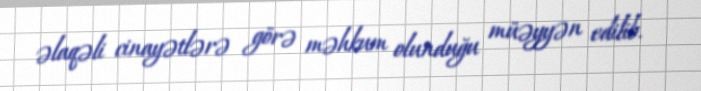
əlaqəli cinayətlərə görə məhkum olunduğu müəyyən edilib.